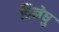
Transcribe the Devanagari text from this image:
दिनेषु